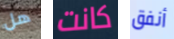
هل كانت أنفق